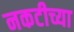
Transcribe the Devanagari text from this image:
नकटीच्या